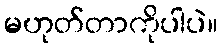
မဟုတ်တာကိုပါပဲ။